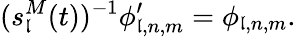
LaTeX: (s_{\mathfrak{l}}^{M}(t))^{-1}\phi_{\mathfrak{l},n,m}^{\prime}=\phi_{\mathfrak{l},n,m}.